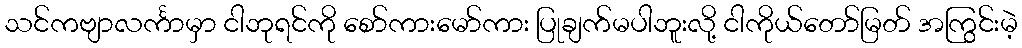
သင်ကဗျာလင်္ကာမှာ ငါဘုရင်ကို စော်ကားမော်ကား ပြုချက်မပါဘူးလို့ ငါကိုယ်တော်မြတ် အကြွင်းမဲ့